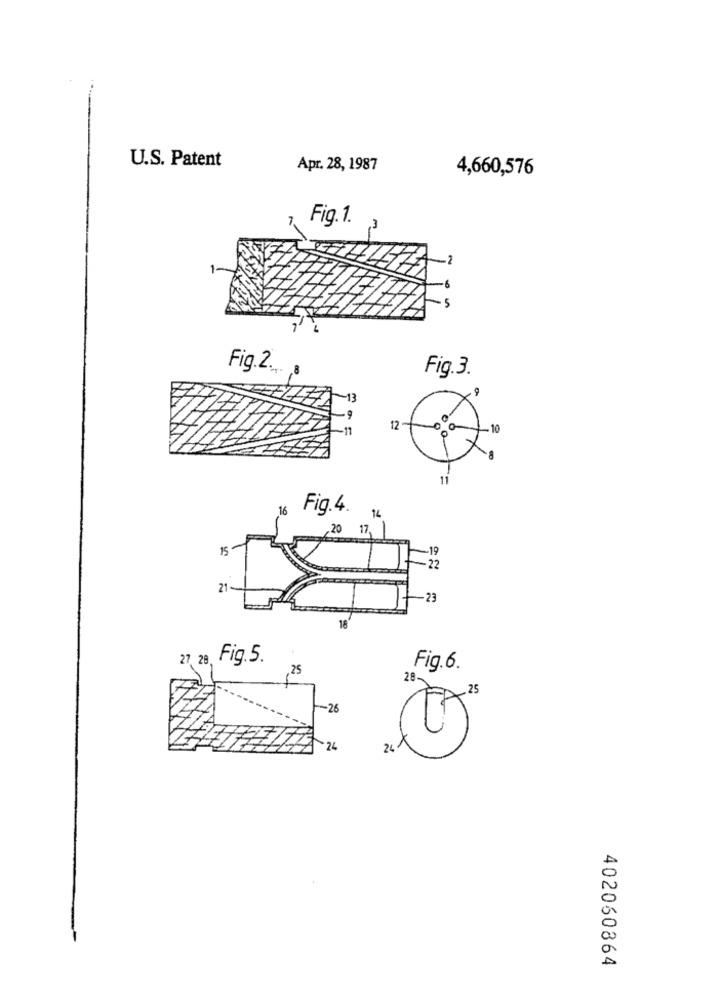
U.S. Patent
Apr. 28, 1987
4,660,576
Fig.1.
Fig.2.
,8
Fig.3.
-13
12
10
1
16
Fig.4.
14
.20
17.
15
-22
21
-23
18
27, 29, Fig.5.
,25
Fig.6.
28-
.25
-26
24
24
402060864